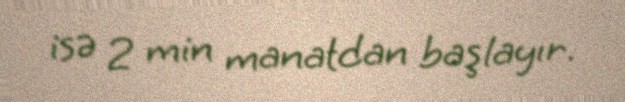
isə 2 min manatdan başlayır.